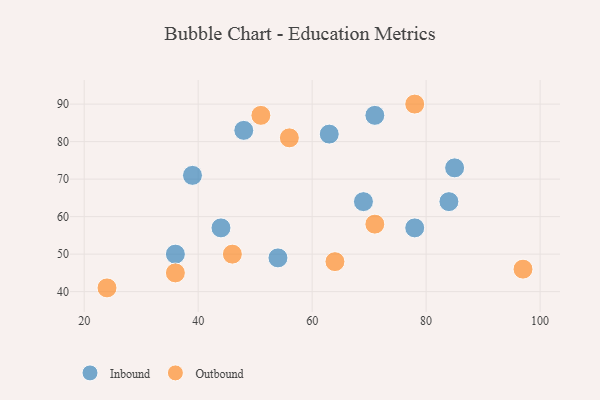
{"axis": {"x": "GDP", "y": "Life Expectancy"}, "legend": ["Inbound", "Outbound"], "data": [{"x": "78", "y": 57, "type": "Inbound"}, {"x": "69", "y": 64, "type": "Inbound"}, {"x": "85", "y": 73, "type": "Inbound"}, {"x": "44", "y": 57, "type": "Inbound"}, {"x": "71", "y": 87, "type": "Inbound"}, {"x": "39", "y": 71, "type": "Inbound"}, {"x": "36", "y": 50, "type": "Inbound"}, {"x": "63", "y": 82, "type": "Inbound"}, {"x": "84", "y": 64, "type": "Inbound"}, {"x": "48", "y": 83, "type": "Inbound"}, {"x": "54", "y": 49, "type": "Inbound"}, {"x": "71", "y": 58, "type": "Outbound"}, {"x": "24", "y": 41, "type": "Outbound"}, {"x": "97", "y": 46, "type": "Outbound"}, {"x": "46", "y": 50, "type": "Outbound"}, {"x": "51", "y": 87, "type": "Outbound"}, {"x": "56", "y": 81, "type": "Outbound"}, {"x": "78", "y": 90, "type": "Outbound"}, {"x": "36", "y": 45, "type": "Outbound"}, {"x": "64", "y": 48, "type": "Outbound"}]}